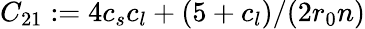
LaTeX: C_{21}:=4c_{s}c_{l}+(5+c_{l})/(2r_{0}n)